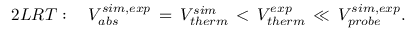
2 L R T : \, \, \, \, \, \, V _ { a b s } ^ { s i m , e x p } \, = \, V _ { t h e r m } ^ { s i m } \, < \, V _ { t h e r m } ^ { e x p } \, \ll \, V _ { p r o b e } ^ { s i m , e x p } .